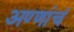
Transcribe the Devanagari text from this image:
अण्णांचं